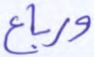
ورباع